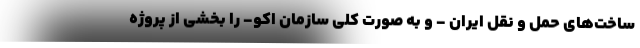
ساخت‌های حمل و نقل ایران - و به صورت کلی سازمان اکو- را بخشی از پروژه